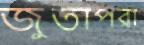
জুতাপরা